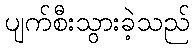
ပျက်စီးသွားခဲ့သည်